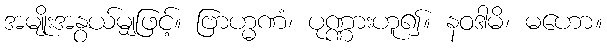
အမျိုးအနွယ်မျှဖြင့်။ ဗြာဟ္မဏံ၊ ပုဏ္ဏားဟူ၍။ နဝဒါမိ၊ မဟော။